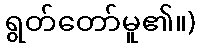
ရွတ်တော်မူ၏။)